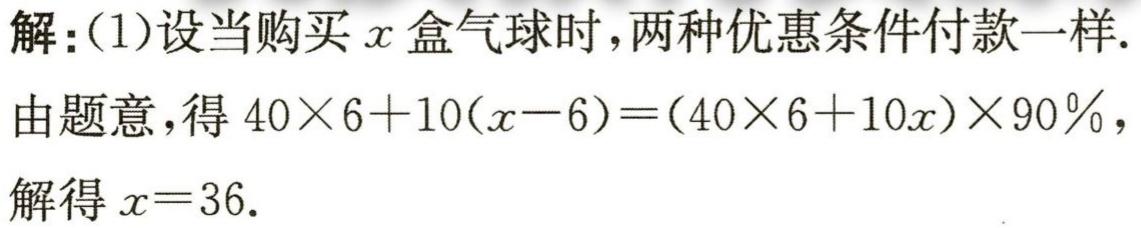
解：(1)设当购买\(x\)盒气球时，两种优惠条件付款一样.

由题意，得\(40\times 6 + 10(x - 6)=(40\times 6 + 10x)\times 90\%\)，

解得\(x = 36\).